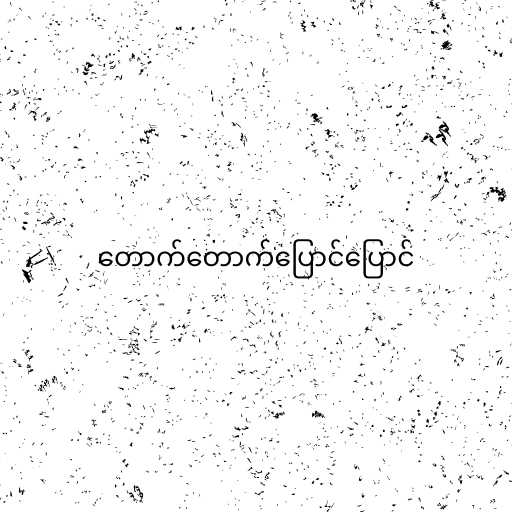
တောက်တောက်ပြောင်ပြောင်